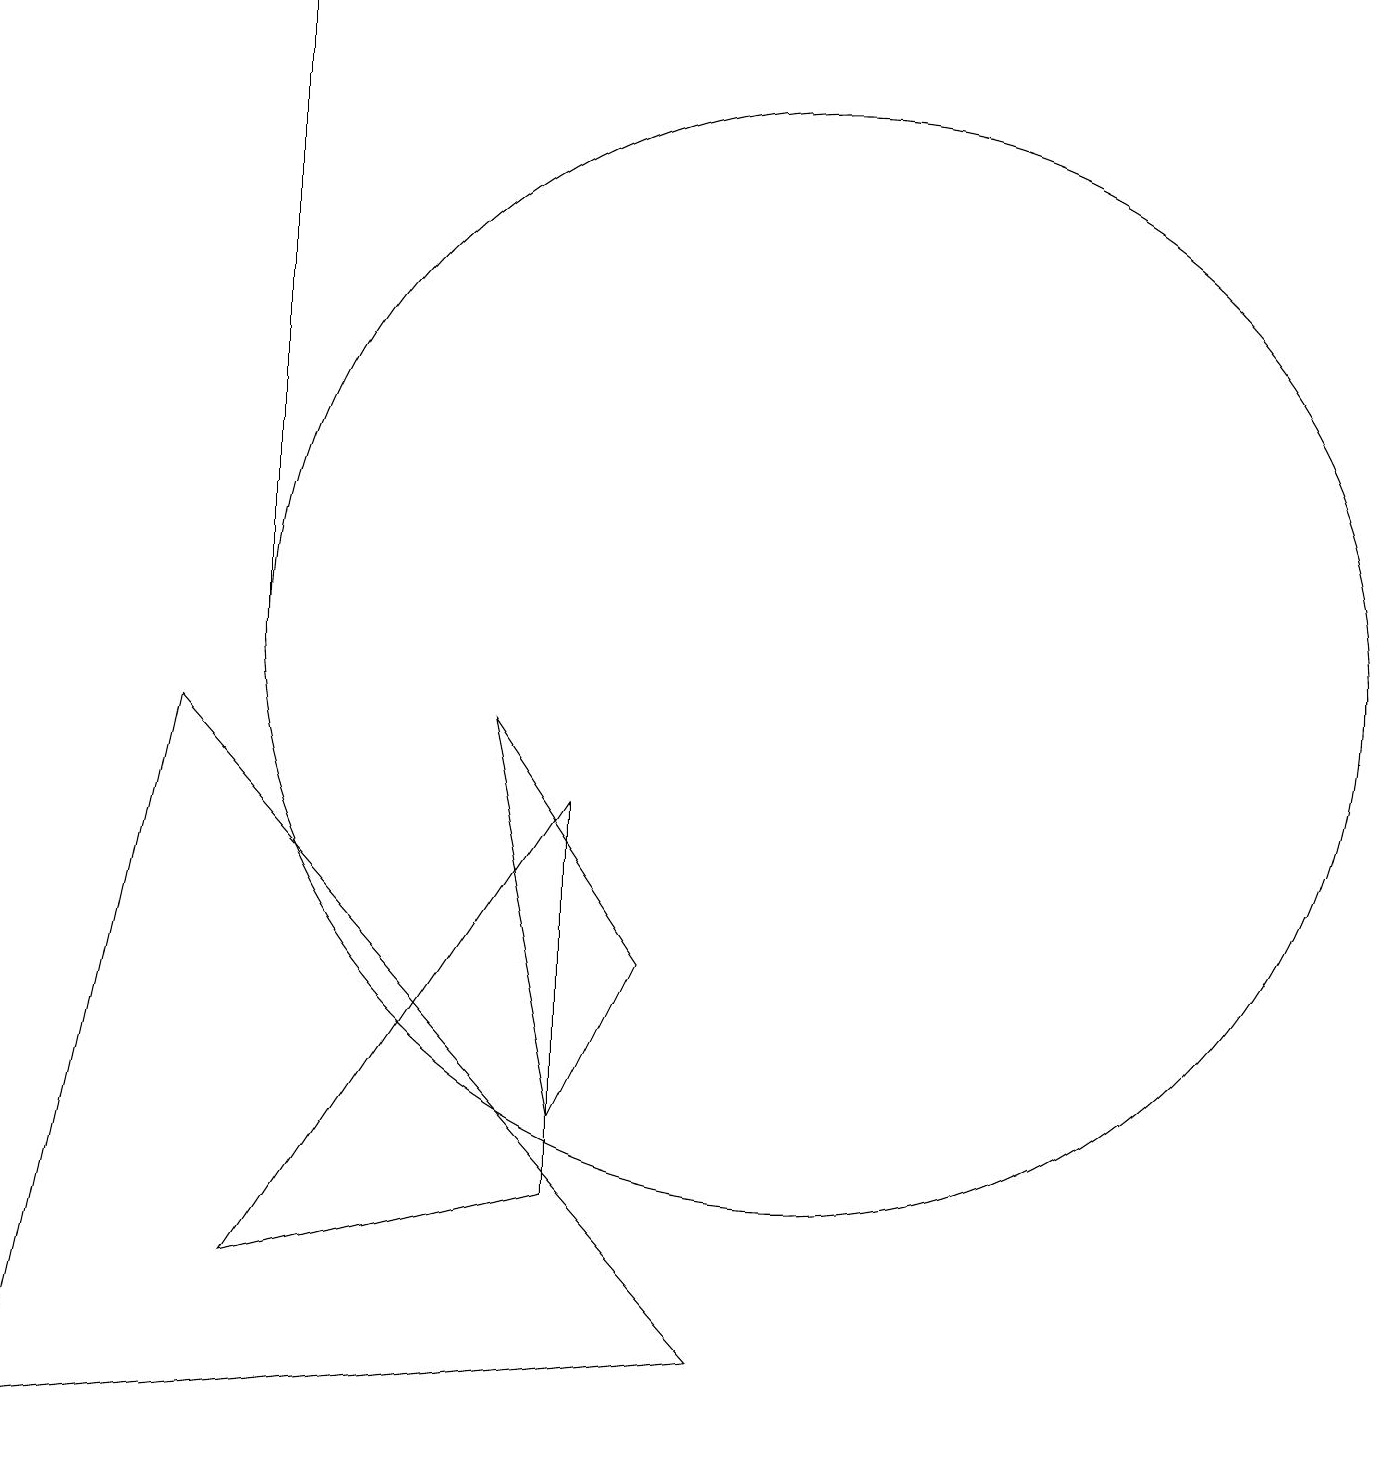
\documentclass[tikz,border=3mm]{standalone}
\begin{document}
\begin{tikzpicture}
\draw (3,18) rectangle (3,10);
\draw (10,10) circle (7);
\draw (3,2) -- (7,8) -- (7,3) -- cycle;
\draw (6,9) -- (7,4) -- (8,6) -- cycle;
\draw (0,0) -- (2,9) -- (9,1) -- cycle;
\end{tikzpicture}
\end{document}